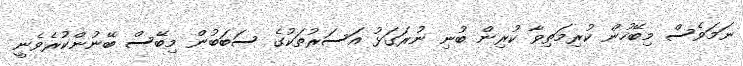
ނަމަވެސް މިބޭހުން ކުރިމަތިވާ ކުރިން ބުނި ނުރަގަޅު އަސަރުތަކުގެ ސަބަބުން މިބޭސް ބޭނުންކުރެވެނީ